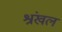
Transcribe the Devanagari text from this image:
श्रंखल